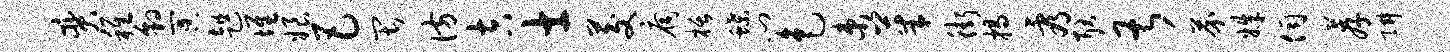
奕稚豹冥趄堆娘巴畏彷吉士茭扃栝蝶门色束茱街揭看耿甚芥姝伺荐阱